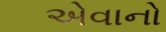
એવાનો